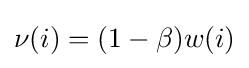
\nu (i)=(1-\beta )w(i)